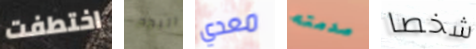
اختطفت اليوم معدي صدمته شخصا